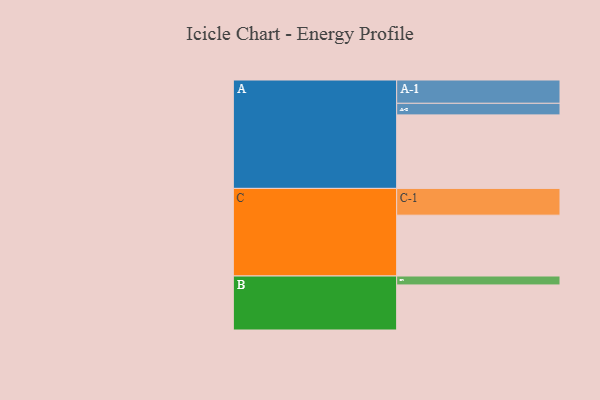
{"axis": {"x": "Segment", "y": "Value"}, "legend": ["", "A", "B", "C"], "data": [{"x": "A", "y": 527, "type": ""}, {"x": "B", "y": 323, "type": ""}, {"x": "C", "y": 436, "type": ""}, {"x": "A-1", "y": 167, "type": "A"}, {"x": "A-2", "y": 83, "type": "A"}, {"x": "B-1", "y": 64, "type": "B"}, {"x": "C-1", "y": 192, "type": "C"}]}